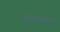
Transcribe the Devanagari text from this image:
पुराणातले